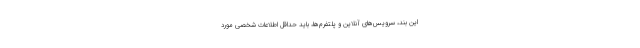
این بند، سرویس‌های آنلاین و پلتفرم‌ها، باید حداقل اطلاعات شخصی مورد